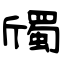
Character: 斶